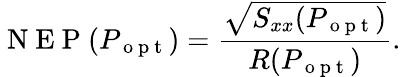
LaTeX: \mathrm{~N~E~P~}(P_{\mathrm{~o~p~t~}})=\frac{\sqrt{S_{xx}(P_{\mathrm{~o~p~t~}})}}{R(P_{\mathrm{~o~p~t~}})}.